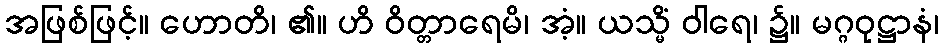
အဖြစ်ဖြင့်။ ဟောတိ၊ ၏။ ဟိ ဝိတ္တာရေမိ၊ အံ့။ ယသ္မိံ ဝါရေ၊ ၌။ မဂ္ဂဝုဋ္ဌာနံ၊